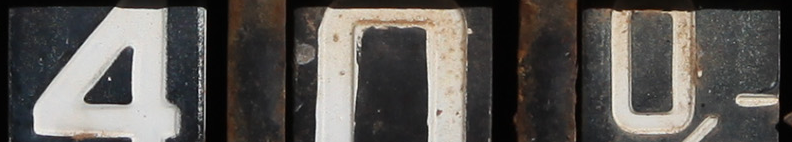
400